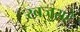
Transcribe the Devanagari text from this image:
खजुराहे